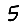
Digit: 5